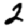
Digit: 2